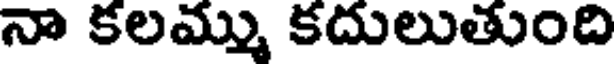
నా కలమ్ము కదులుతుంది